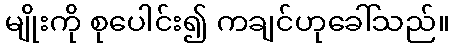
မျိုးကို စုပေါင်း၍ ကချင်ဟုခေါ်သည်။